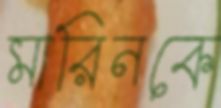
মারিনকে